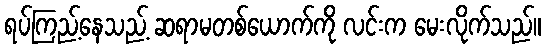
ရပ်ကြည့်နေသည့် ဆရာမတစ်ယောက်ကို လင်းက မေးလိုက်သည်။